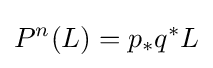
P^{n}(L)=p_{*}q^{*}L